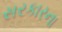
સરકારના